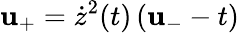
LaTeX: \mathbf{u}_{+}=\dot{{z}}^{2}(t)\left(\mathbf{u}_{-}-t\right)